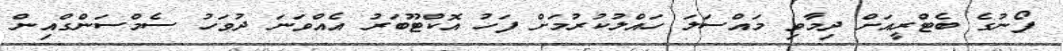
ފޯނުގެ ބެޓްރީއަށް ދިމާވި މައްސަލަ ހައްލުކުރުމަށް ފަހު އޮކްޓޫބަރު އެއްވަނަ ދުވަހު ސެމްސަންގްއިން